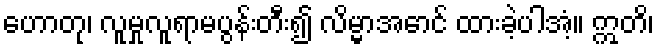
ဟောတု၊ လူမှုလူရာမပွန်းတီး၍ လိမ္မာအောင် ထားခဲ့ပါအံ့။ ဣတိ၊